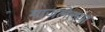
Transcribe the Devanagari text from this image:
माजलेल्या